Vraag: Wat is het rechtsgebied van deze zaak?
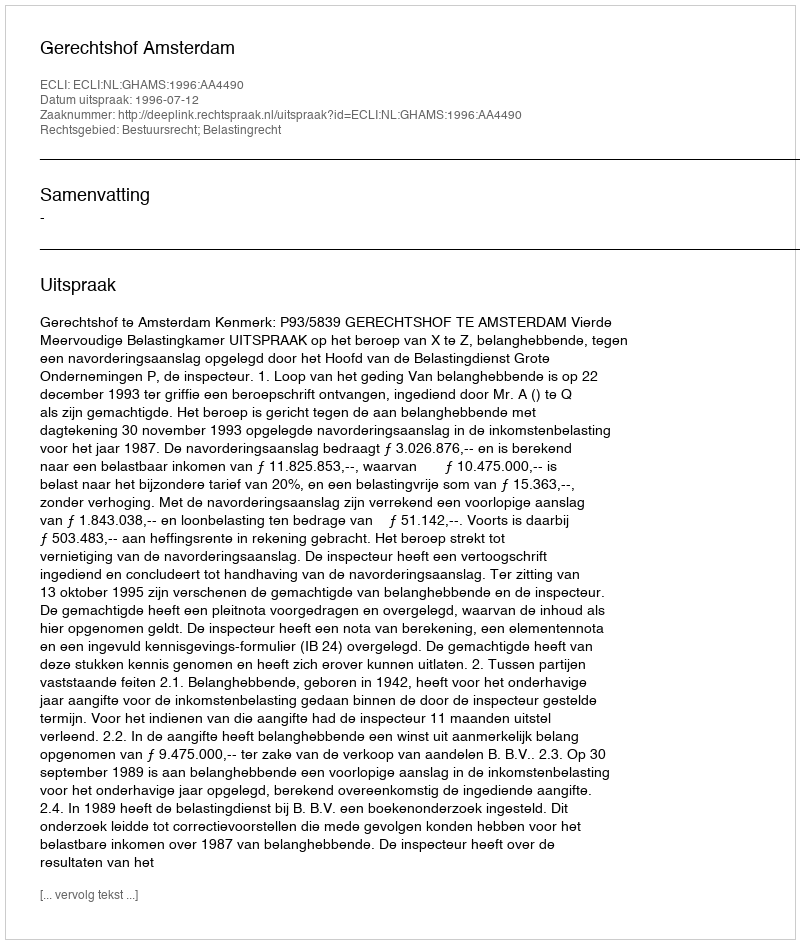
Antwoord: Bestuursrecht; Belastingrecht